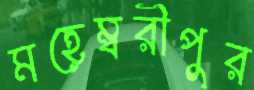
মহেম্বরীপুর